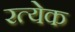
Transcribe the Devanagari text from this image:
रत्येक